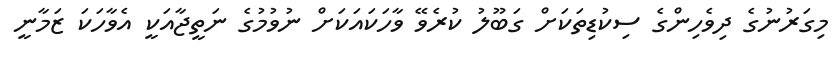
މިގަރުނުގެ ދިވެހިންގެ ސިކުޑިތަކަށް ގަބޫލު ކުރެވޭ ވާހަކައަކަށް ނުވުމުގެ ނަތީޖާއަކީ އެވާހަކަ ޒަމާނީ